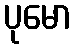
ပုမော